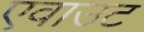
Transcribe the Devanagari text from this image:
एवाउट